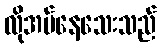
လိုအပ်နေသေးသည်